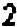
2